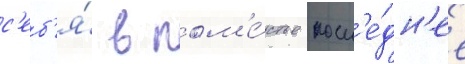
с'еб'я́ в пом'е́стье посл'е́дн'ее